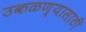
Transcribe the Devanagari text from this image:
उकळण्यासाठी